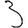
Digit: 3